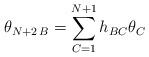
LaTeX: \begin{align*} \theta_{N+2\,B} = \sum_{C=1}^{N+1} h_{BC}\theta_C\end{align*}